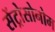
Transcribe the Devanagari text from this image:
सेंट्रोसोनोम